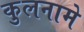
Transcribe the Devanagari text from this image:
कुलनामे